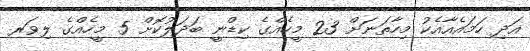
އަދި ހަމައެއާއެކު މިހާތަނަށް 23 މީހެއްގެ ކިޑްނީ ބަދަލުކޮށް 5 މީހެއްގެ ލިވަރ